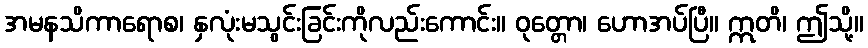
အမနသိကာရောစ၊ နှလုံးမသွင်းခြင်းကိုလည်းကောင်း။ ဝုတ္တော၊ ဟောအပ်ပြီ။ ဣတိ၊ ဤသို့။